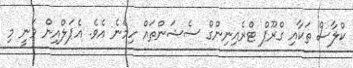
ކްލާސް ތަކާއި ގްރޫޕް ޓްރެއިނިންގް ސެޝަންތައް ހިމެނެ އެވެ. އެޕަލްއިން ވަނީ މި